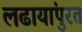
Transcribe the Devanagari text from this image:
लढायांपुरतं